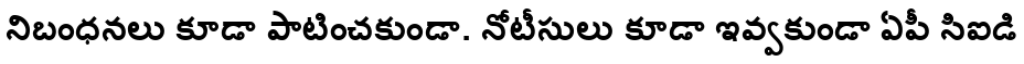
నిబంధనలు కూడా పాటించకుండా. నోటీసులు కూడా ఇవ్వకుండా ఏపీ సిఐడి